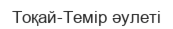
Тоқай-Темір әулеті